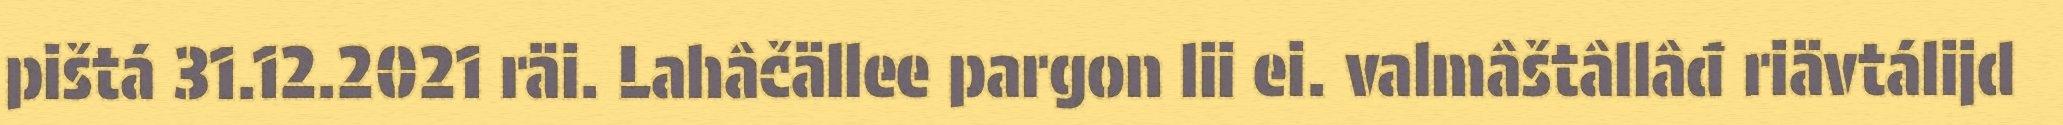
pištá 31.12.2021 räi. Lahâčällee pargon lii ei. valmâštâllâđ riävtálijd